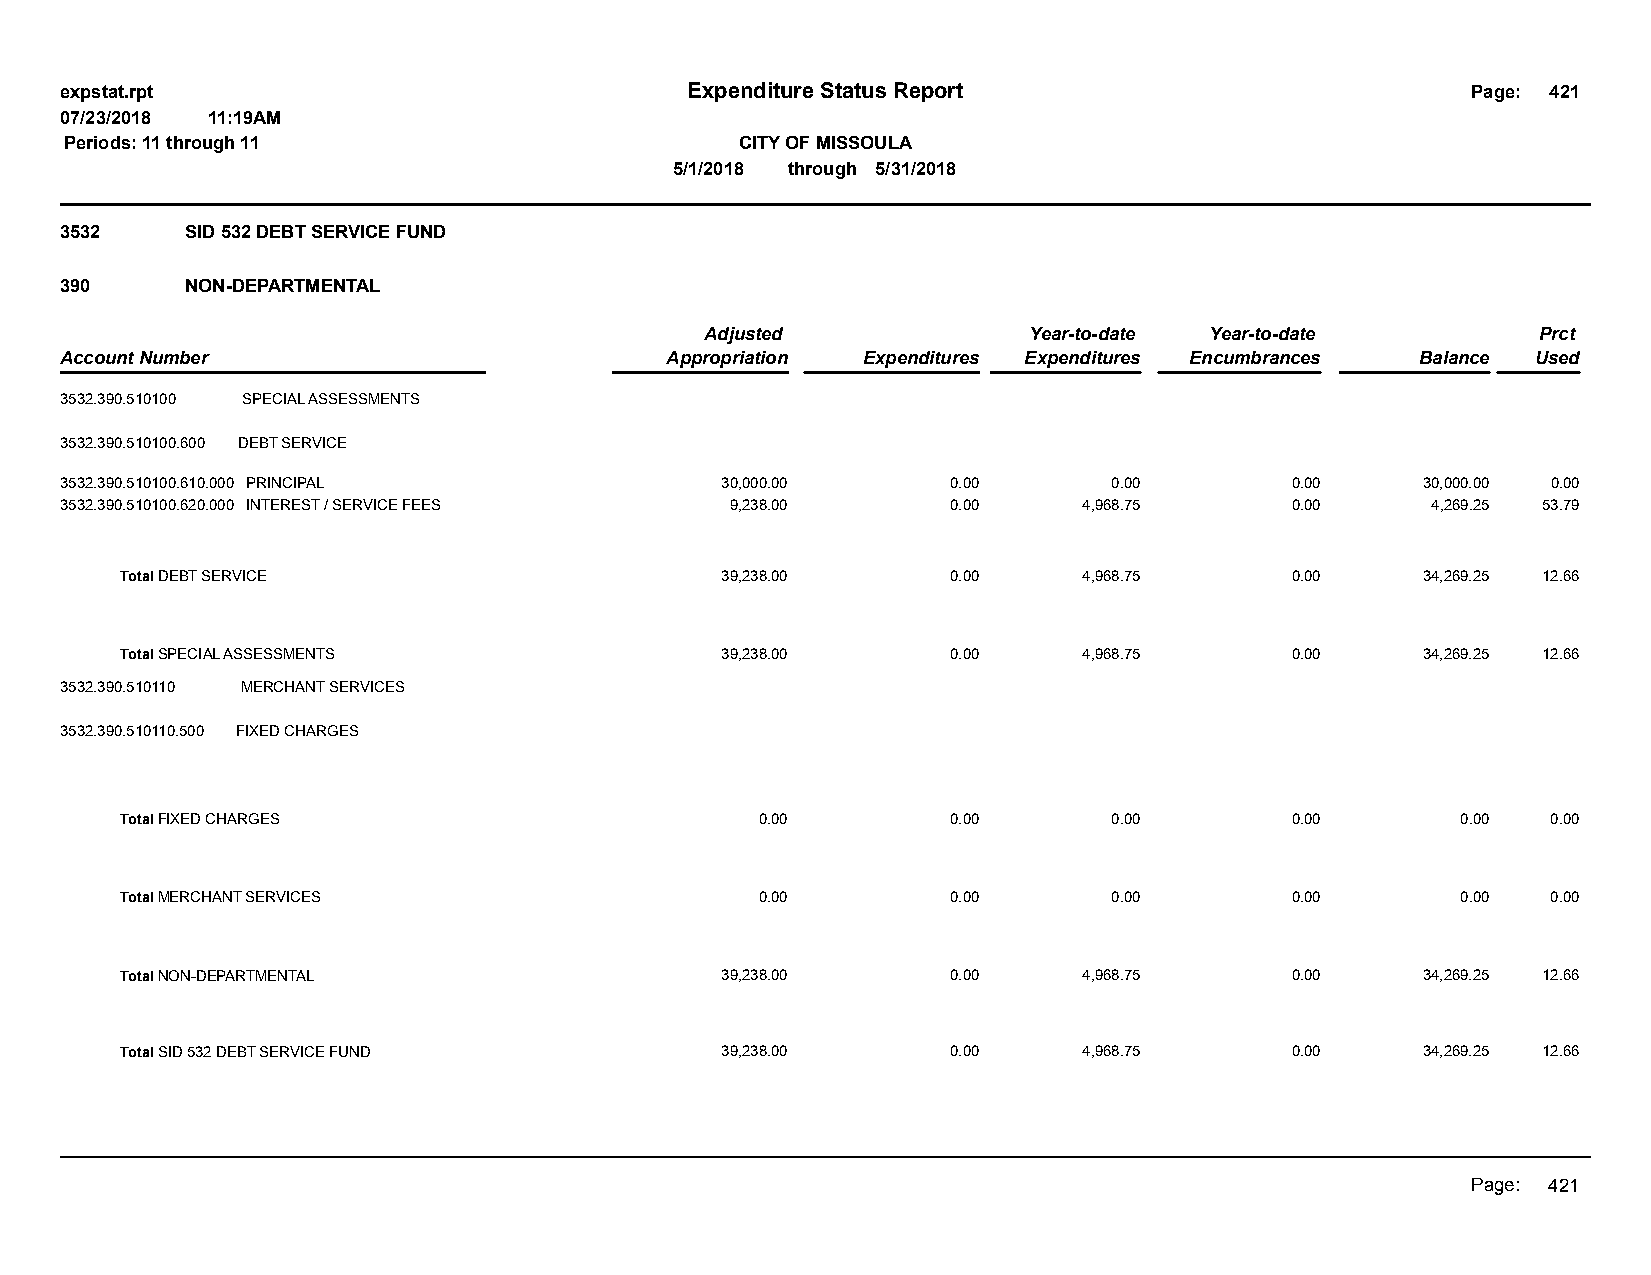
expstat.rpt                              Expenditure Status Report                           Page: 421
 07/23/2018 11:19AM
 Periods: 11 through 11                       CITY OF MISSOULA
 5/1/2018 through 5/31/2018
 3532    SID 532 DEBT SERVICE FUND
 390     NON-DEPARTMENTAL
 Adjusted             Year-to-date Year-to-date         Prct
 Account Number                          Appropriation Expenditures Expenditures Encumbrances Balance Used
 3532.390.510100 SPECIAL ASSESSMENTS
 3532.390.510100.600 DEBT SERVICE
 3532.390.510100.610.000 PRINCIPAL           30,000.00      0.00       0.00       0.00     30,000.00 0.00
 3532.390.510100.620.000 INTEREST / SERVICE FEES 9,238.00   0.00     4,968.75     0.00      4,269.25 53.79
 Total DEBT SERVICE                      39,238.00      0.00     4,968.75     0.00     34,269.25 12.66
 Total SPECIAL ASSESSMENTS               39,238.00      0.00     4,968.75     0.00     34,269.25 12.66
 3532.390.510110 MERCHANT SERVICES
 3532.390.510110.500 FIXED CHARGES
 Total FIXED CHARGES                       0.00         0.00       0.00       0.00        0.00  0.00
 Total MERCHANT SERVICES                   0.00         0.00       0.00       0.00        0.00  0.00
 Total NON-DEPARTMENTAL                  39,238.00      0.00     4,968.75     0.00     34,269.25 12.66
 Total SID 532 DEBT SERVICE FUND         39,238.00      0.00     4,968.75     0.00     34,269.25 12.66
 Page: 421